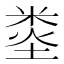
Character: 𥹿